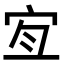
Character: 𡧧